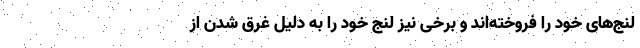
لنج‌های خود را فروخته‌اند و برخی نیز لنج خود را به دلیل غرق شدن از